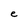
Character: e